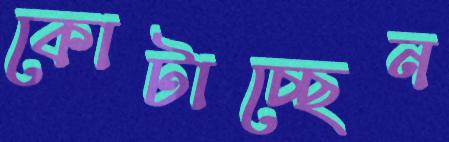
কোটাচ্ছেন